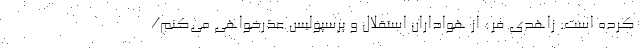
کرده است. زاهدی فر: از هواداران استقلال و پرسپولیس عذرخواهی می‌کنم/